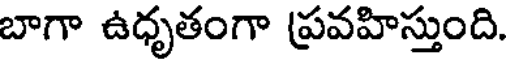
బాగా ఉధృతంగా ప్రవహిస్తుంది.